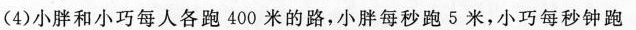
( 4 )小胖和小巧每人各跑400米的路，小胖每秒跑5米，小巧每秒钟跑